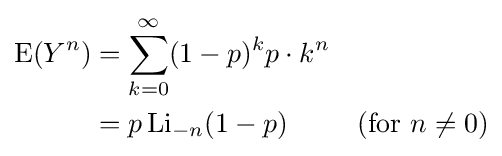
{\begin{aligned}\mathrm {E} (Y^{n})&{}=\sum _{k=0}^{\infty }(1-p)^{k}p\cdot k^{n}\\&{}=p\operatorname {Li} _{-n}(1-p)&({\text{for }}n\neq 0)\end{aligned}}